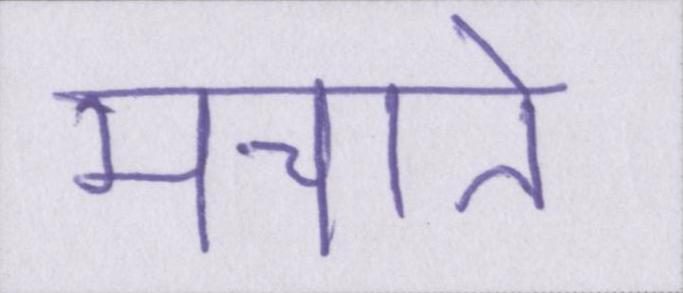
मचाते